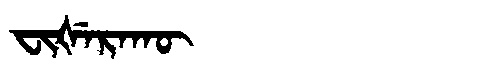
Manchu: ᠸᡳᡧᡝᡵᠠᡴᡡ
Romanization: FIŠERAKŪ